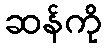
ဆန်ကို